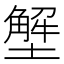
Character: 㙰